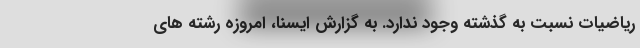
ریاضیات نسبت به گذشته وجود ندارد. به گزارش ایسنا، امروزه رشته های